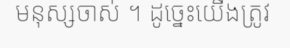
មនុស្សចាស់ ។ ដូច្នេះយើងត្រូវ